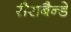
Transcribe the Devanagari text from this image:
सैराबैन्डे